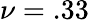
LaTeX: \nu=.33